Report of the Bombay Plague Committee
Disease focus: Plague
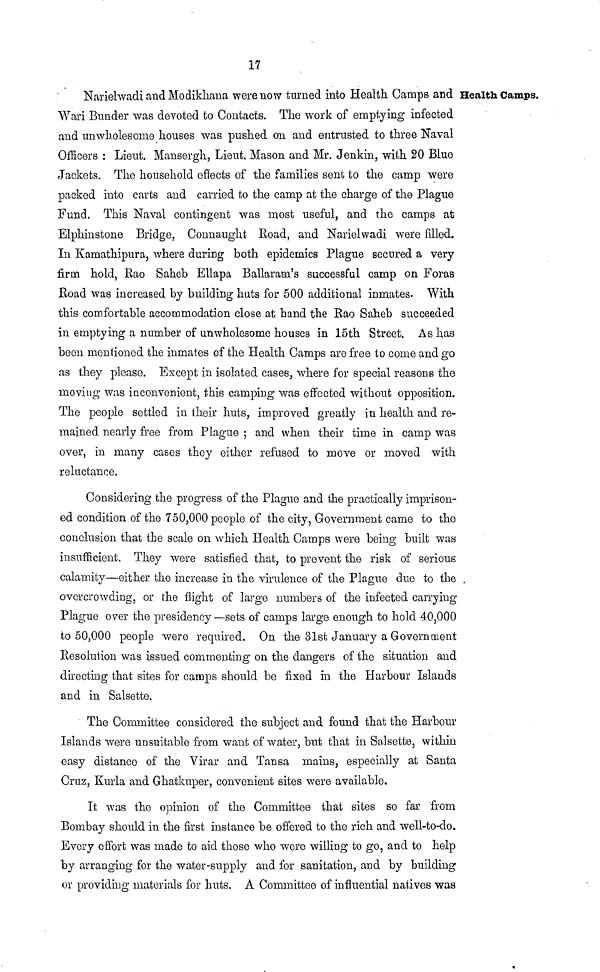
17
Health Camps.
Narielwadi and Modikhana were now turned into Health. Camps and
Wari Bunder was devoted to Contacts. The work of emptying infected
and unwholesome houses was pushed on and entrusted to three Naval
Officers : Lieut. Mansergh, Lieut. Mason and Mr. Jenkin, with 20 Blue
Jackets. The household effects of the families sent to the camp were
packed into carts and carried to the camp at the charge of the Plague
Fund. This Naval contingent was most useful, and the camps at
Elphinstone Bridge, Connaught Road, and Narielwadi were filled.
In Kamathipura, where during both epidemics Plague secured a very
firm hold, Rao Saheb Ellapa Ballaram's successful camp on Foras
Road was increased by building hats for 500 additional inmates. With
this comfortable accommodation close at hand the Rao Saheb succeeded
in emptying a number of unwholesome houses in 15th Street. As has
been mentioned the inmates of the Health Camps are free to come and go
as they please. Except in isolated cases, where for special reasons the
moving was inconvenient, this camping was effected without opposition.
The people settled in their huts, improved greatly in health and re-
mained nearly free from Plague ; and when their time in camp was
over, in many cases they either refused to move or moved with
reluctance.
Considering the progress of the Plague and the practically imprison-
ed condition of the 750,000 people of the city, Government came to the
conclusion that the scale on which Health Camps were being built was
insufficient. They were satisfied that, to prevent the risk of serious
calamity—either the increase in the virulence of the Plague due to the
overcrowding, or the flight of largo numbers of the infected carrying
Plague over the presidency—sets of camps large enough to hold 40,000
to 50,000 people were required. On the 31st January a Government
Resolution was issued commenting on the dangers of the situation and
directing that sites for camps should be fixed in the Harbour Islands
and in Salsette.
The Committee considered the subject and found that the Harbour
Islands were unsuitable from want of water, but that in Salsette, within
easy distance of the Virar and Tansa mains, especially at Santa
Cruz, Kurla and Ghatkuper, convenient sites were available.
It was the opinion of the Committee that sites so far from
Bombay should in the first instance be offered to the rich and well-to-do.
Every effort was made to aid those who were willing to go, and to help
by arranging for the water-supply and for sanitation, and by building
or providing materials for huts. A Committee of influential natives was